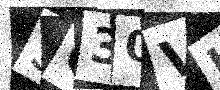
Text: SC30VK